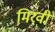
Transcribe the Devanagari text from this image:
मिरवी